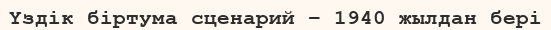
Үздік бiртума сценарий – 1940 жылдан бері